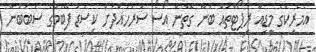
އެމެރިކާގެ މީޑިއާ ރިޕޯޓްތައް ބުނާ ގޮތުން އޯސޯ ސަރަހައްދަށް ކިސަޑު ފޭބުމުގެ ސަބަބުން